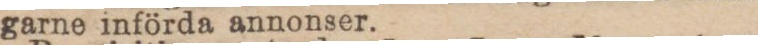
garne införda annonser.